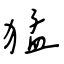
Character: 猛